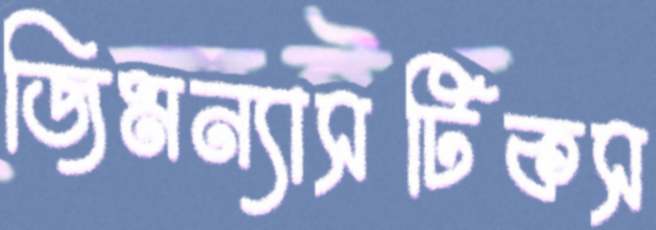
জিমন্যাসটিকস